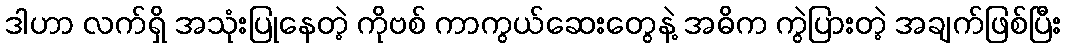
ဒါဟာ လက်ရှိ အသုံးပြုနေတဲ့ ကိုဗစ် ကာကွယ်ဆေးတွေနဲ့ အဓိက ကွဲပြားတဲ့ အချက်ဖြစ်ပြီး